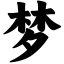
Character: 梦